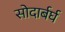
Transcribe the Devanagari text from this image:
सोदार्बर्घ